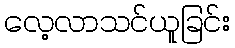
လေ့လာသင်ယူခြင်း